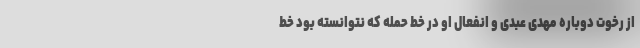
از رخوت دوباره مهدی عبدی و انفعال او در خط حمله که نتوانسته بود خط